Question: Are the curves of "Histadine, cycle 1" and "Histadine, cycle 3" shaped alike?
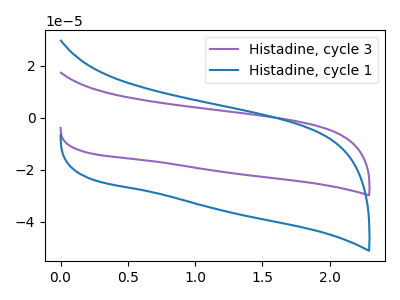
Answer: <think>The purple curve "Histadine, cycle 3" has no peaks. The blue curve "Histadine, cycle 1" has no peaks.
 Neither "Histadine, cycle 1" or "Histadine, cycle 3" have any peaks.</think>
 <answer>"Histadine, cycle 1" and "Histadine, cycle 3" are similar in shape.</answer>
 <eval>same_shape</eval>